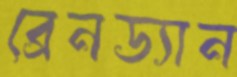
ব্রেনড্যান